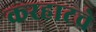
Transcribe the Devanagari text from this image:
करहाटचे